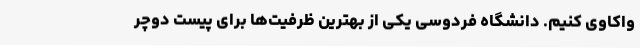
واکاوی کنیم. دانشگاه فردوسی یکی از بهترین ظرفیت‌ها برای پیست دوچر